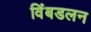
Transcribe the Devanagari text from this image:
विंबडलन